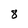
Character: 8